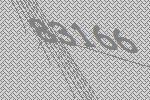
83166